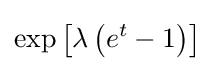
\exp \left[\lambda \left(e^{t}-1\right)\right]